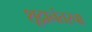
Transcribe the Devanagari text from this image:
शूद्रानंतरचा